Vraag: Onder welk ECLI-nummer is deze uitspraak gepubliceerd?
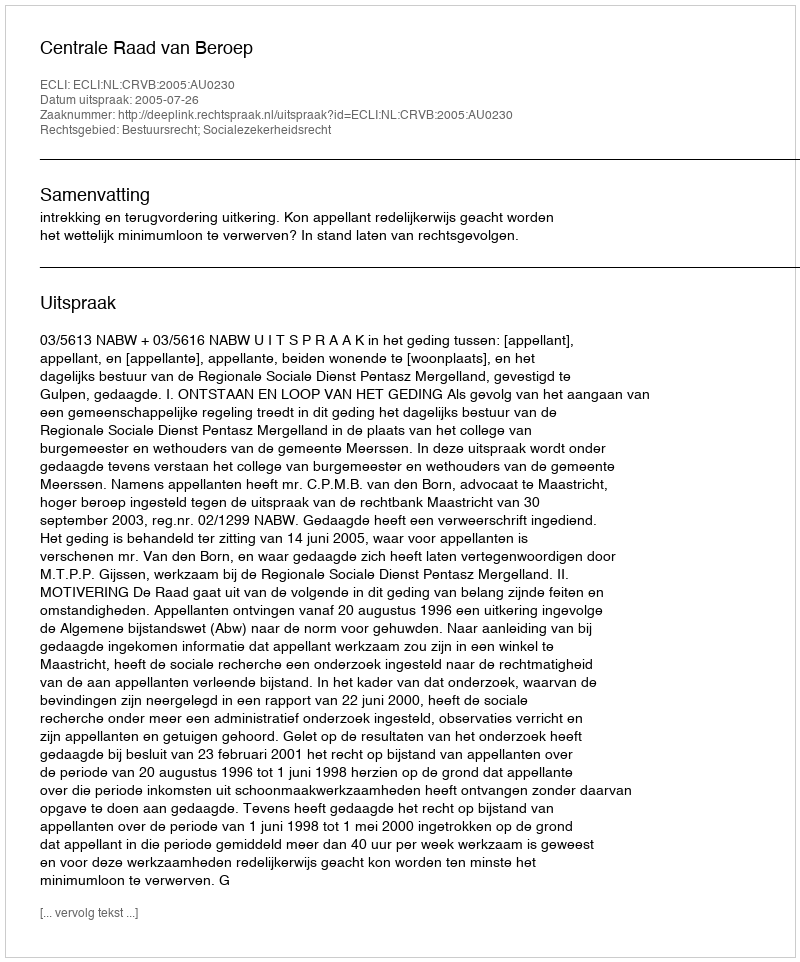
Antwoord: ECLI:NL:CRVB:2005:AU0230